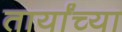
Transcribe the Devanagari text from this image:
तार्यांच्या